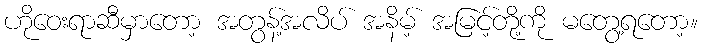
ဟိုဝေးရာဆီမှာတော့ အတွန့်အလိပ် အနိမ့် အမြင့်တို့ကို မတွေ့ရတော့။